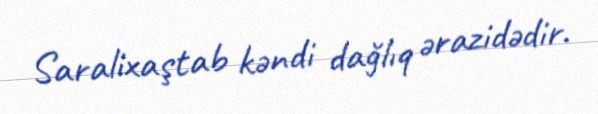
Saralixaştab kəndi dağlıq ərazidədir.